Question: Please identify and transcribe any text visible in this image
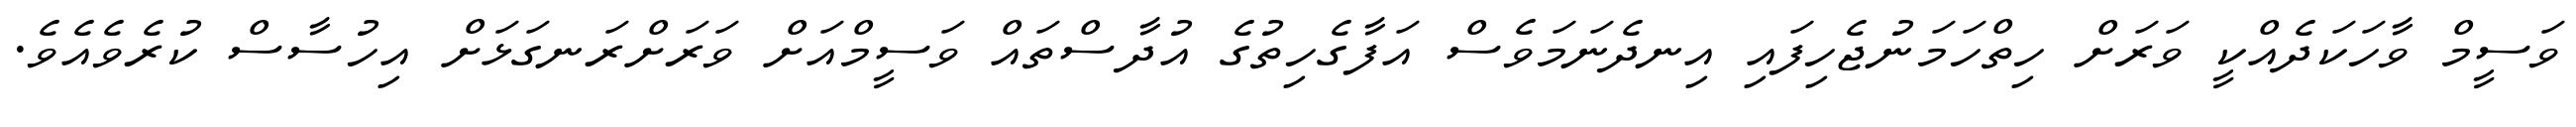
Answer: ވަސީމް ވާހަކަދެއްކީ ވަރަށް ހިތްހަމަނުޖެހިފައި އިނދެނަމަވެސް އަފާގެހިތުގެ އުދާސްތައް ވަސީމްއަށް ވަރަށްރަނގަޅަށް އިހުސާސް ކުރެވެއެވެ.